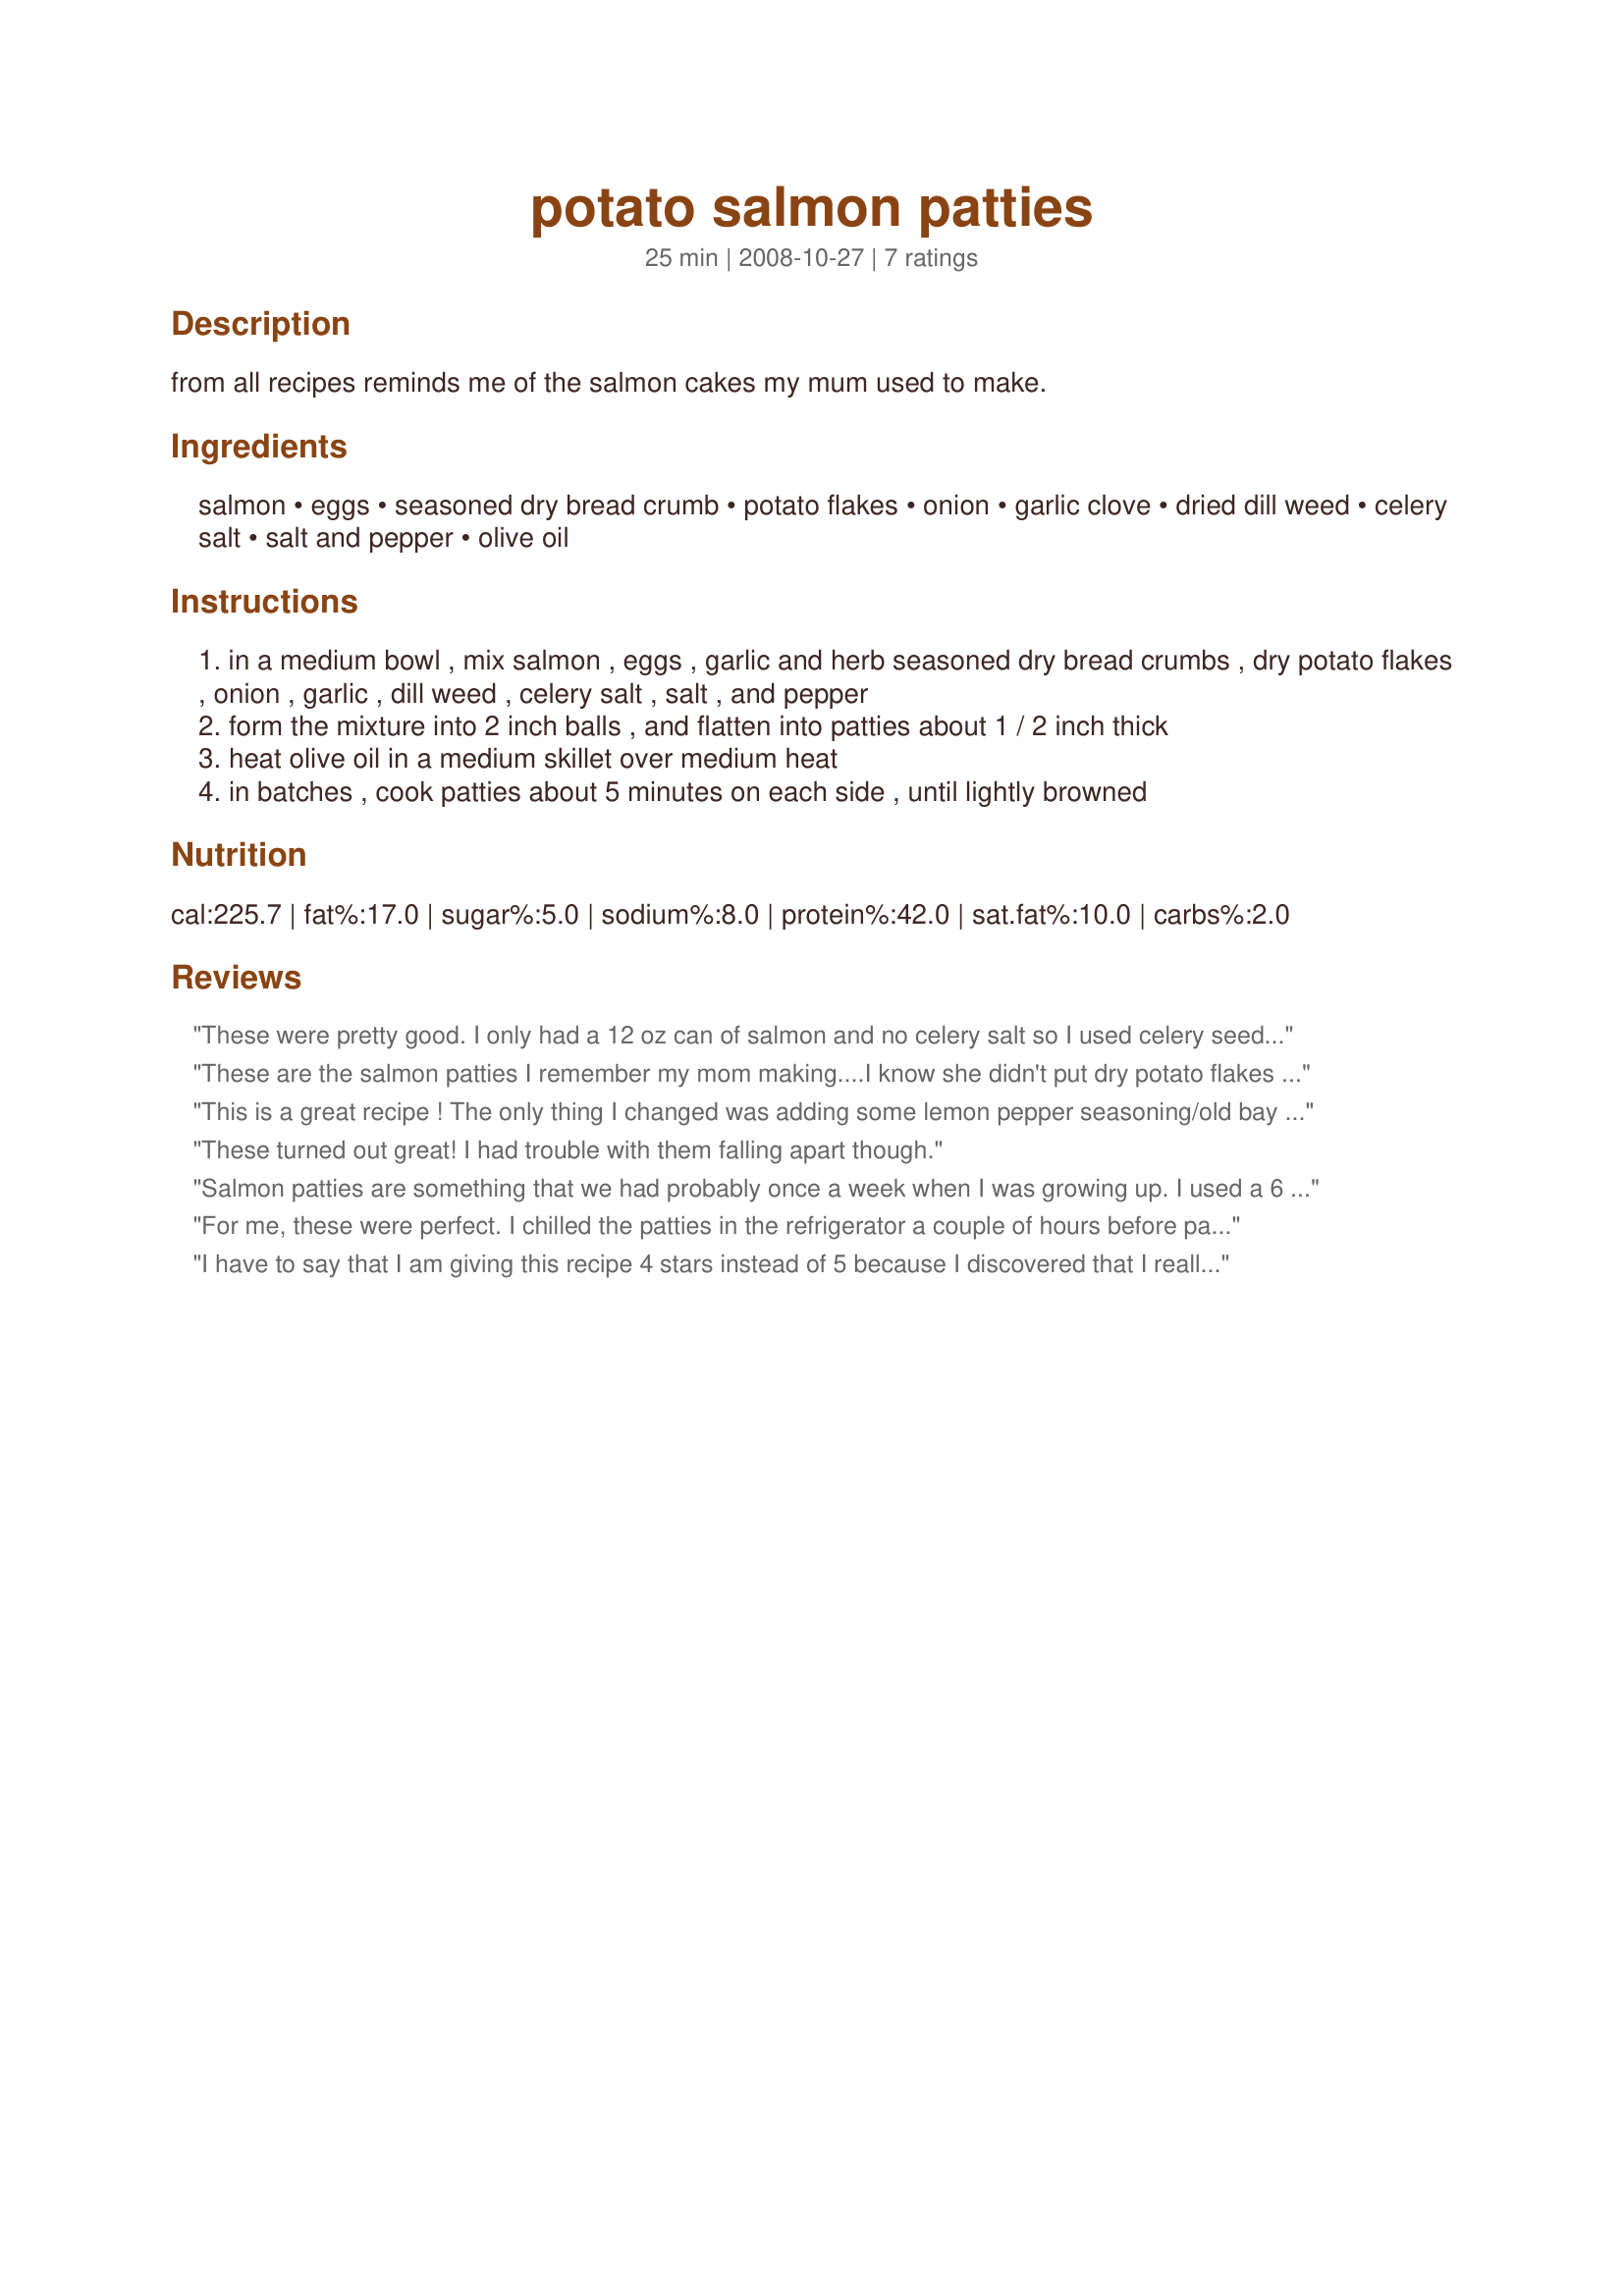
potato salmon patties
Preparation time: 25 minutes

from all recipes
reminds me of the salmon cakes my mum used to make.

Ingredients:
salmon, eggs, seasoned dry bread crumb, potato flakes, onion, garlic clove, dried dill weed, celery salt, salt and pepper, olive oil

Steps:
in a medium bowl , mix salmon , eggs , garlic and herb seasoned dry bread crumbs , dry potato flakes , onion , garlic , dill weed , celery salt , salt , and pepper
form the mixture into 2 inch balls , and flatten into patties about 1 / 2 inch thick
heat olive oil in a medium skillet over medium heat
in batches , cook patties about 5 minutes on each side , until lightly browned

Reviews:
These were pretty good. I only had a 12 oz can of salmon and no celery salt so I used celery seed. I used the oil the first time I fried them but not after that as salmon already has a bunch of oil and it didn't need it. I will a bit more seasoning next time but thanks for a good lunch.
These are the salmon patties I remember my mom making....I know she didn't put dry potato flakes in them, because I don't think those have every been in her house! But the taste was great. I enjoyed these very much. Thanks so much for posting the recipe. Made for Everyday is a Holiday tag.
This is a great recipe ! The only thing I changed was adding some lemon pepper seasoning/old bay seasoning/& breadcrumbs along with the potato flakes. YUMMMMMM : ) My husband husband doesn't really like fish anything and he loved these !!!!
These turned out great! I had trouble with them falling apart though.
Salmon patties are something that we had probably once a week when I was growing up. I used a 6 oz can of salmon with 2 eggs, the specified potato flakes and gluten free breadcrumbs. As the salmon is salty enough I omitted the celery salt and added in lemon pepper. The patties were formed and refrigerated for a hour or so before cooking in hot oil. The patties were crispy on the outside and tender inside. I can see me making this again. Thanks for posting.
For me, these were perfect. I chilled the patties in the refrigerator a couple of hours before pan-frying them and they held together just fine. My husband said he didn't detect much of a salmon flavor -- which is probably why I liked them! Try as I might, I just don't like salmon, except in salmon patties! I served with a dill sauce (mayo, sour cream, lemon juice, dill, salt & pepper). I was quite pleased with the result! Thank you!
I have to say that I am giving this recipe 4 stars instead of 5 because I discovered that I really am not a fan of canned salmon. I couldn't get past the smell...that said, once they cooked up they were very tasty and not too fishey. I think if you love salmon patties, you will love this recipe.
